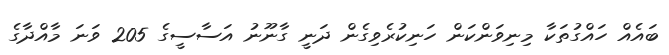
ބައެއް ހައްގުތަކާ މިނިވަންކަން ހަނިކުރެވިގެން ދަނީ ގާނޫނު އަސާސީގެ 205 ވަނަ މާއްދާގެ